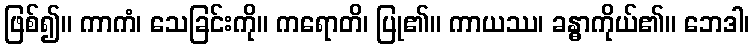
ဖြစ်၍။ ကာကံ၊ သေခြင်းကို။ ကရောတိ၊ ပြု၏။ ကာယဿ၊ ခန္ဓာကိုယ်၏။ ဘေဒါ၊